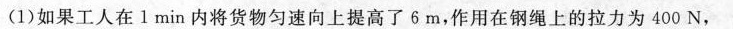
(1)如果工人在1min内将货物匀速向上提高了6m，作用在钢绳上的拉力为400N，